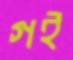
গই